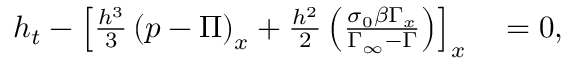
\begin{array} { r l } { h _ { t } - \left[ \frac { h ^ { 3 } } { 3 } \left( p - \Pi \right) _ { x } + \frac { h ^ { 2 } } { 2 } \left( \frac { \sigma _ { 0 } \beta \Gamma _ { x } } { \Gamma _ { \infty } - \Gamma } \right) \right] _ { x } } & { { } = 0 , } \end{array}